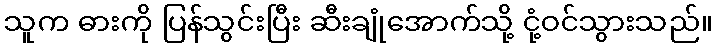
သူက ဓားကို ပြန်သွင်းပြီး ဆီးချုံအောက်သို့ ငုံ့ဝင်သွားသည်။